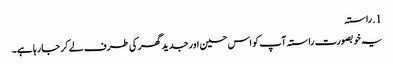
1. ​راستہ
یہ خوبصورت راستہ آپ کو اس حسین اور جدید گھر کی طرف لے کر جا رہا ہے۔